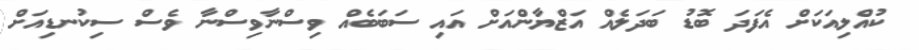
ކުއްލިއަކަށް އެފަދަ ބޮޑު ބަދަލެއް އަޒްޔާންއަށް އައި ސަބަބެއް ވިސްނާވިސްނާ ވެސް ސިކުނޑިއަށް